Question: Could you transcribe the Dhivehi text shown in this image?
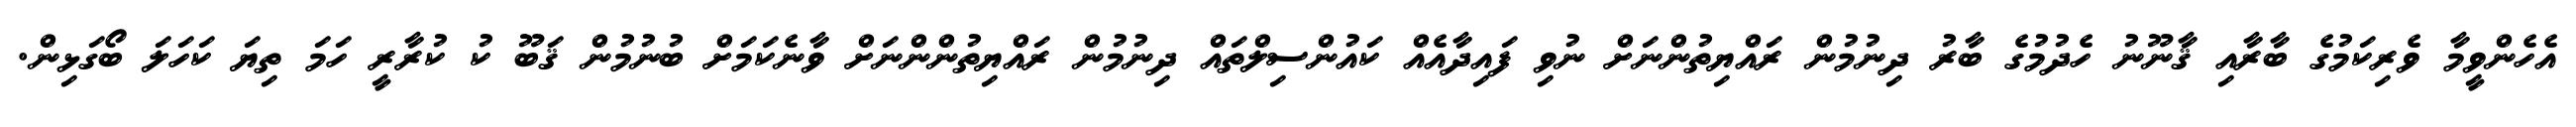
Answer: އެހެންވީމާ ވެރިކަމުގެ ބާރާއި ޤާނޫނު ހެދުމުގެ ބާރު ދިނުމުން ރައްޔިތުންނަށް ނުވި ފައިދާއެއް ކައުންސިލްތައް ދިނުމުން ރައްޔިތުންންނަށް ވާނެކަމަށް ބުނުމުން ޤަބޫ ކު ކުރާރީ ހަމަ ތިޔަ ކަހަލަ ބޯގަޅިން.